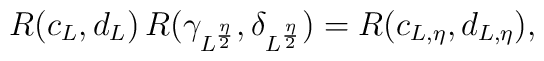
R(c_{L},d_{L})\,R(\gamma_{L^{\frac{\eta}{2}}},\delta_{L^{\frac{\eta}{2}}})=R(c_{L,\eta},d_{L,\eta}),